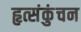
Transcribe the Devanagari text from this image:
हृत्संकुंचन